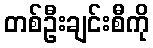
တစ်ဦးချင်းစီကို